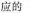
应的